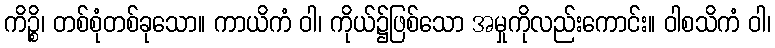
ကိဉ္စိ၊ တစ်စုံတစ်ခုသော။ ကာယိကံ ဝါ၊ ကိုယ်၌ဖြစ်သော အမှုကိုလည်းကောင်း။ ဝါစသိကံ ဝါ၊